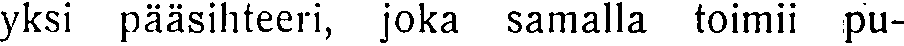
yksi pääsihteeri, joka samalla toimii pu-